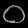
Digit: ၀